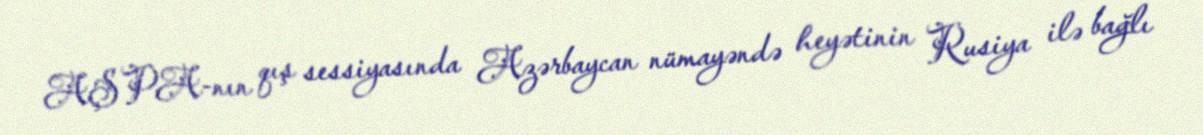
AŞPA-nın qış sessiyasında Azərbaycan nümayəndə heyətinin Rusiya ilə bağlı